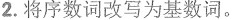
2.将序数词改写为基数词。